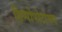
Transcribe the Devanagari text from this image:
हिप्पोपोटोमस